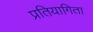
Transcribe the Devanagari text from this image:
प्रतियागिता